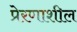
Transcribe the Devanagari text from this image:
प्रेरणाशील